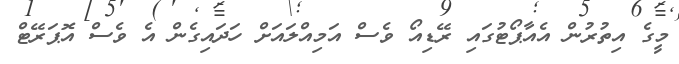
މީގެ އިތުރުން އެއާޕޯޓުގައި ރޭޑިއޯ ވެސް އަމިއްލައަށް ހަދައިގެން އެ ވެސް އޮޕަރޭޓް